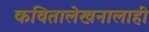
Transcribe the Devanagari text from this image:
कवितालेखनालाही